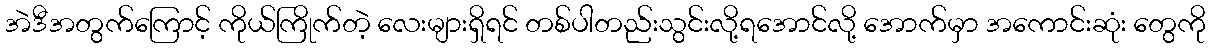
အဲဒီအတွက်ကြောင့် ကိုယ်ကြိုက်တဲ့ လေးများရှိရင် တစ်ပါတည်းသွင်းလို့ရအောင်လို့ အောက်မှာ အကောင်းဆုံး တွေကို